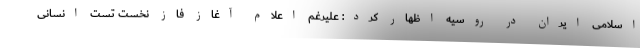
اسلامی ایران در روسیه اظهار کرد: علیرغم اعلام آغاز فاز نخست تست انسانی